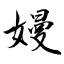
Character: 嫚